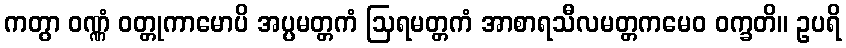
ကတွာ ဝဏ္ဏံ ဝတ္တုကာမောပိ အပ္ပမတ္တကံ ဩရမတ္တကံ အာစာရသီလမတ္တကမေဝ ဝက္ခတိ။ ဥပရိ